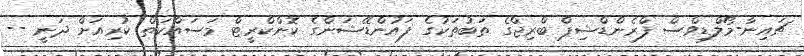
ޗައިނާ-މޯލްޑިވްސް ފްރެންޑްޝިޕް ބްރިޖްގެ ތަބުތަކުގެ ފައުންޑޭޝަންގެ ކޮންކްރީޓް މަސައްކަތް ކުރިއަށް ދަނީ --